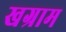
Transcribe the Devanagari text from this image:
खग्राम